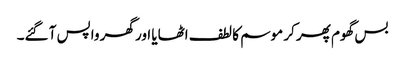
بس گھوم پھر کر موسم کا لطف اٹھایا اور گھر واپس آ گئے۔